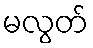
မလွတ်